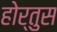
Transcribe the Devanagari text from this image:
होर्तुस